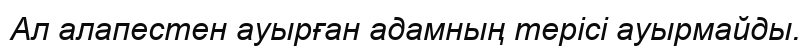
Ал алапестен ауырған адамның терісі ауырмайды.